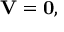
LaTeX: \mathbf { V } = \mathbf { 0 } ,